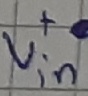
Text: +Vin